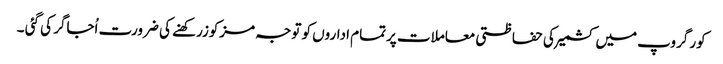
کور گروپ میں کشمیرکی حفاظتی معاملات پرتمام اداروں کو توجہ مزکوزرکھنے کی ضرورت اُجاگر کی گئی ۔